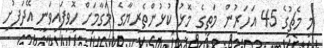
މި މެޗުގެ 45 އަހަރުން މަތީގެ މޮޅު ކުޅުންތެރިޔާގެ މަގާމަށް ހޮވިފައިވަނީ އޭދަފުށި